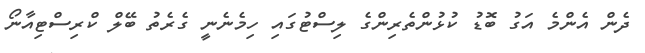
ދެން އެންމެ އަގު ބޮޑު ކުޅުންތެރިންގެ ލިސްޓުގައި ހިމެނެނީ ގެރެތު ބޭލް ކްރިސްޓިއާނޯ